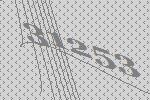
31253